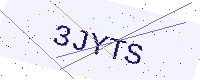
Text: 3JYTS